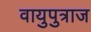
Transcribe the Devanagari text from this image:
वायुपुत्राज